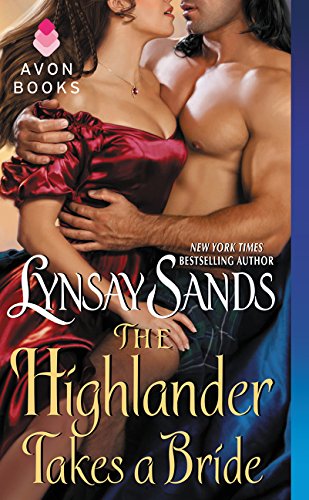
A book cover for The Highlander Takes a Bride; Lynsay Sands; Romance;